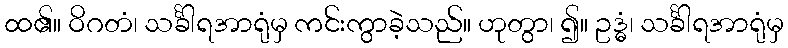
ထ၏။ ဝိဂတံ၊ သင်္ခါရအာရုံမှ ကင်းကွာခဲ့သည်။ ဟုတွာ၊ ၍။ ဥဒ္ဓံ၊ သင်္ခါရအာရုံမှ